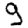
Digit: 9